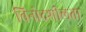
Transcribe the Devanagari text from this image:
विनोदशीलता